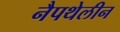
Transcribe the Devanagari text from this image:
नैपथेलीन